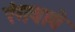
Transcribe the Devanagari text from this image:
रंगवावे